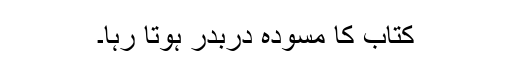
کتاب کا مسودہ دربدر ہوتا رہا۔